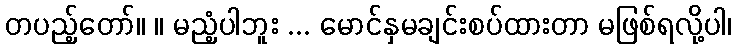
တပည့်တော်။ ။ မညံ့ပါဘူး ... မောင်နှမချင်းစပ်ထားတာ မဖြစ်ရလို့ပါ၊